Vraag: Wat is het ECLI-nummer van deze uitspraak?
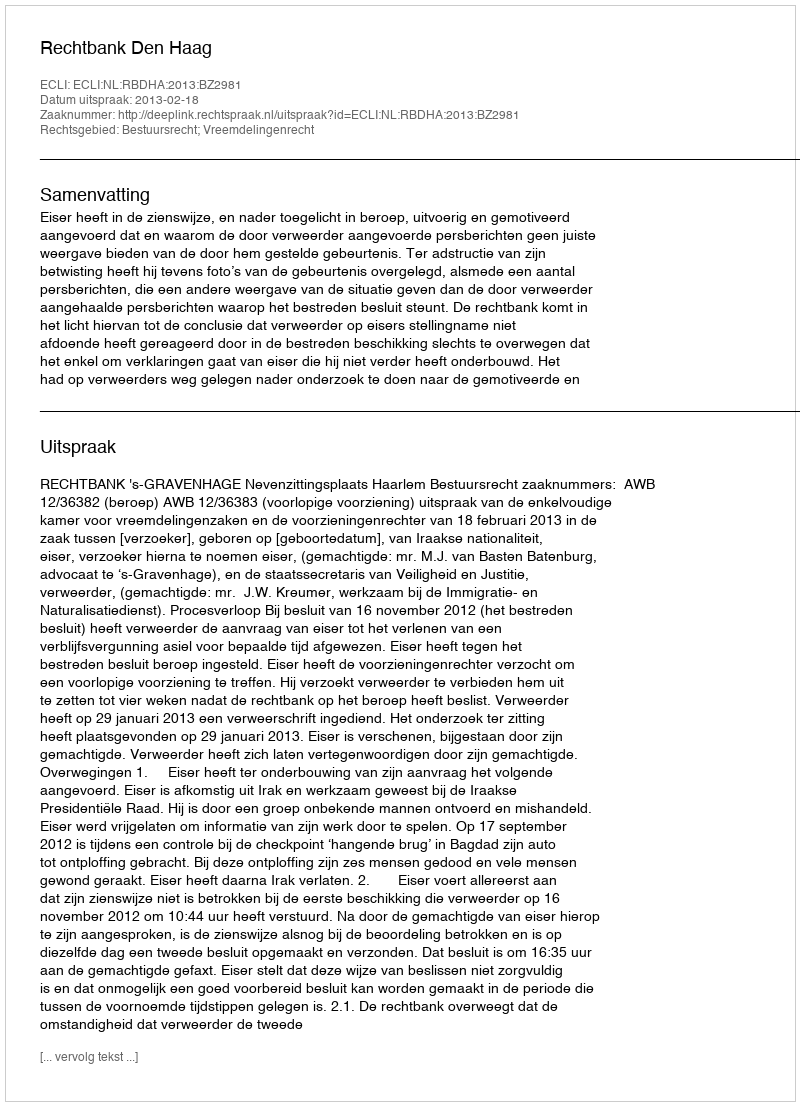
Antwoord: ECLI:NL:RBDHA:2013:BZ2981